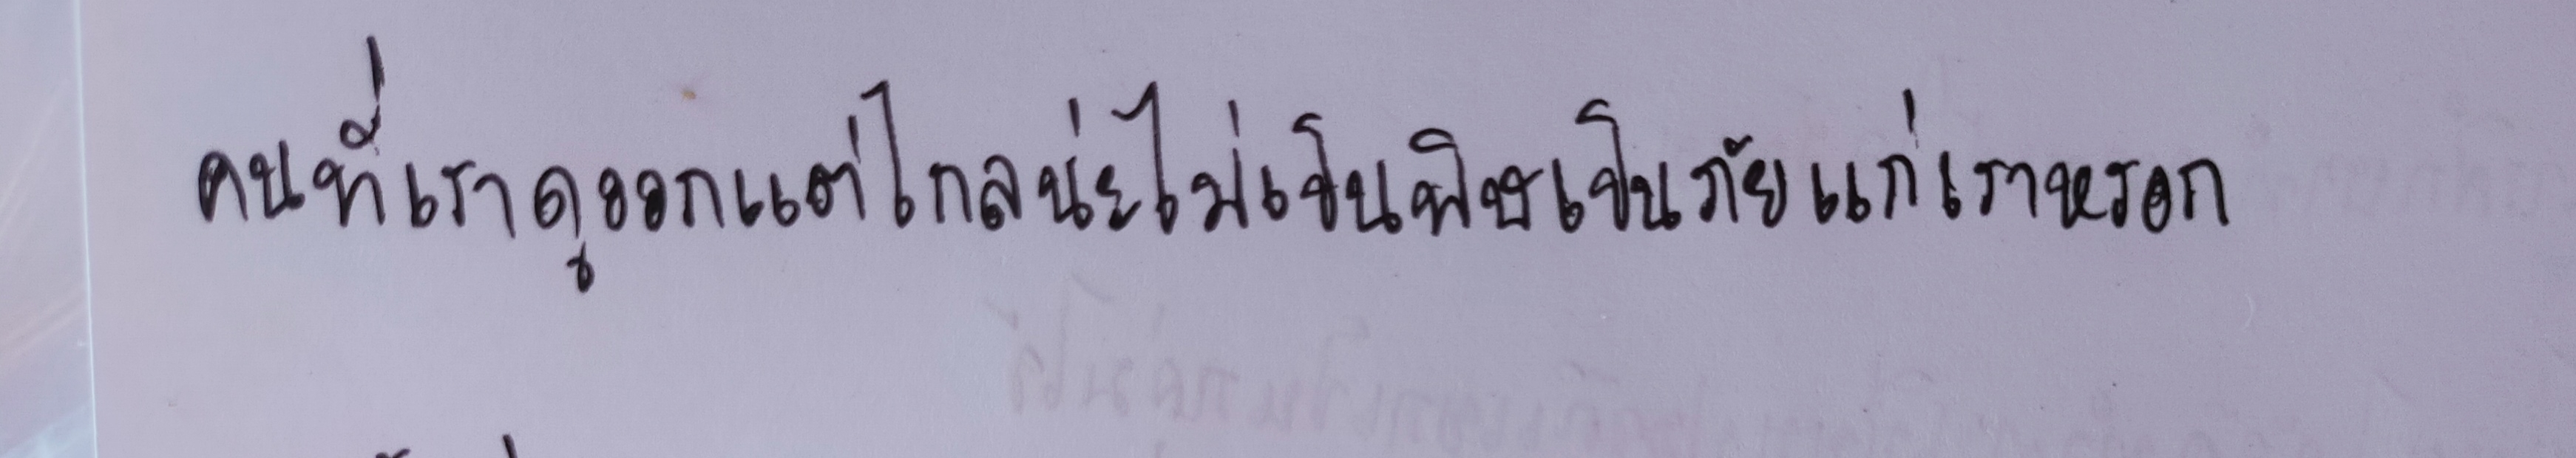
คนที่เราดูออกแต่ไกลน่ะไม่เป็นพิษเป็นภัยแก่เราหรอก